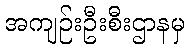
အကျဉ်းဦးစီးဌာနမှ